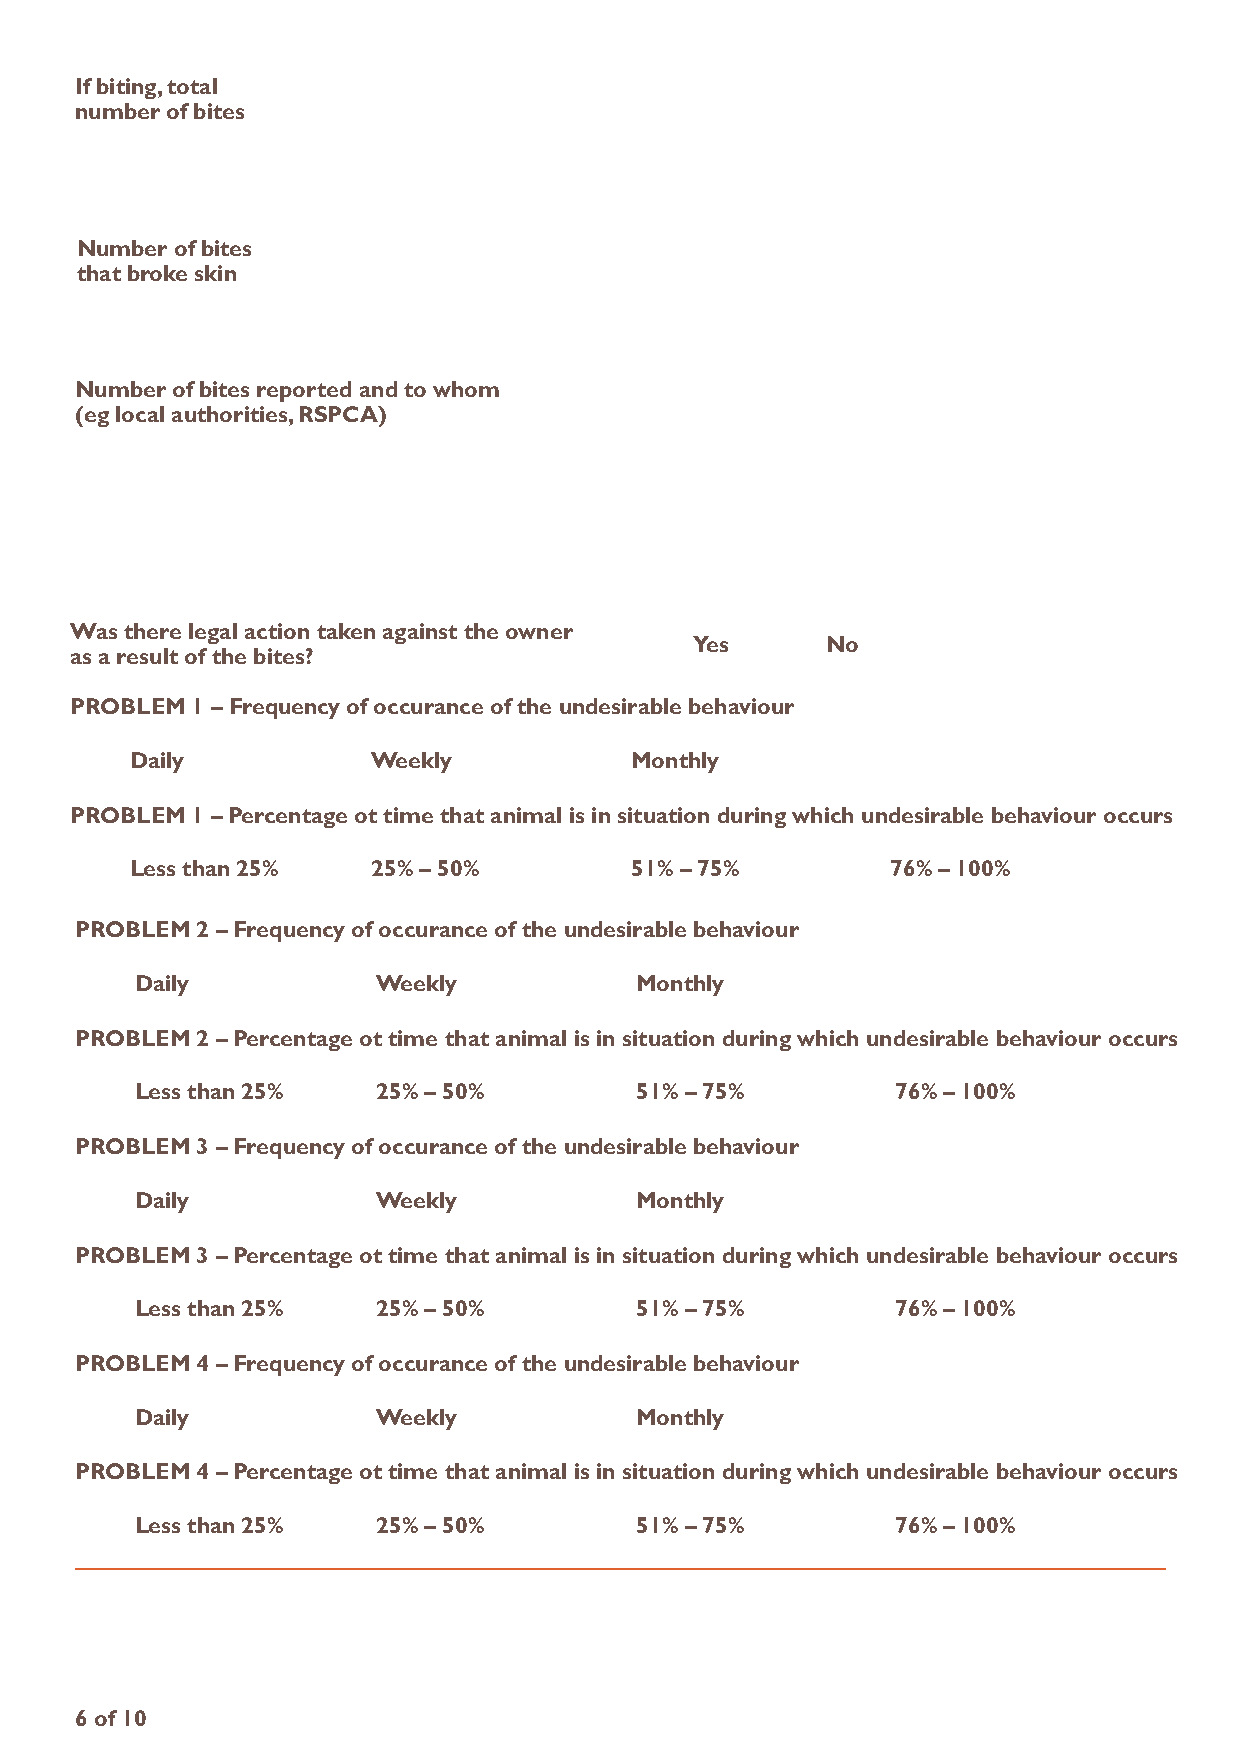
if biting, total
 number of bites
 number of bites
 that broke skin
 number of bites reported and to whom
 (eg local authorities, rSPCa)
 Was there legal action taken against the owner
 Yes      no
 as a result of the bites?
 ProbLeM 1 – Frequency of occurance of the undesirable behaviour
 Daily           Weekly           Monthly
 ProbLeM 1 – Percentage ot time that animal is in situation during which undesirable behaviour occurs
 Less than 25%   25% – 50%        51% – 75%        76% – 100%
 ProbLeM 2 – Frequency of occurance of the undesirable behaviour
 Daily           Weekly           Monthly
 ProbLeM 2 – Percentage ot time that animal is in situation during which undesirable behaviour occurs
 Less than 25%   25% – 50%        51% – 75%        76% – 100%
 ProbLeM 3 – Frequency of occurance of the undesirable behaviour
 Daily           Weekly           Monthly
 ProbLeM 3 – Percentage ot time that animal is in situation during which undesirable behaviour occurs
 Less than 25%   25% – 50%        51% – 75%        76% – 100%
 ProbLeM 4 – Frequency of occurance of the undesirable behaviour
 Daily           Weekly           Monthly
 ProbLeM 4 – Percentage ot time that animal is in situation during which undesirable behaviour occurs
 Less than 25%   25% – 50%        51% – 75%        76% – 100%
 6 of 10